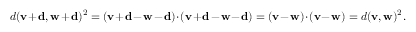
d ( \mathbf { v } + \mathbf { d } , \mathbf { w } + \mathbf { d } ) ^ { 2 } = ( \mathbf { v } + \mathbf { d } - \mathbf { w } - \mathbf { d } ) \cdot ( \mathbf { v } + \mathbf { d } - \mathbf { w } - \mathbf { d } ) = ( \mathbf { v } - \mathbf { w } ) \cdot ( \mathbf { v } - \mathbf { w } ) = d ( \mathbf { v } , \mathbf { w } ) ^ { 2 } .